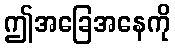
ဤအခြေအနေကို